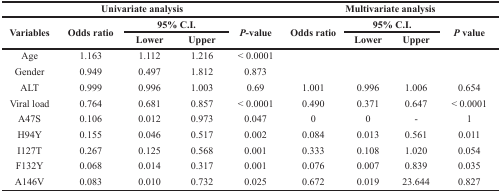
| <COLSPAN=5> Univariate analysis | <COLSPAN=4> Multivariate analysis |
 | <ROWSPAN=2> Variables | <ROWSPAN=2> Odds ratio | <COLSPAN=2> 95% C.I. | <ROWSPAN=2> P-value | <ROWSPAN=2> Odds ratio | <COLSPAN=2> 95% C.I. | <ROWSPAN=2> P value |
 | Lower | Upper | Lower | Upper |
 | --- | --- | --- | --- | --- | --- | --- | --- | --- |
 | Age | 1.163 | 1.112 | 1.216 | < 0.0001 |  |  |  |  |
 | Gender | 0.949 | 0.497 | 1.812 | 0.873 |  |  |  |  |
 | ALT | 0.999 | 0.996 | 1.003 | 0.69 | 1.001 | 0.996 | 1.006 | 0.654 |
 | Viral load | 0.764 | 0.681 | 0.857 | < 0.0001 | 0.490 | 0.371 | 0.647 | < 0.0001 |
 | A47S | 0.106 | 0.012 | 0.973 | 0.047 | 0 | 0 | - | 1 |
 | H94Y | 0.155 | 0.046 | 0.517 | 0.002 | 0.084 | 0.013 | 0.561 | 0.011 |
 | I127T | 0.267 | 0.125 | 0.568 | 0.001 | 0.333 | 0.108 | 1.020 | 0.054 |
 | F132Y | 0.068 | 0.014 | 0.317 | 0.001 | 0.076 | 0.007 | 0.839 | 0.035 |
 | A146V | 0.083 | 0.010 | 0.732 | 0.025 | 0.672 | 0.019 | 23.644 | 0.827 |